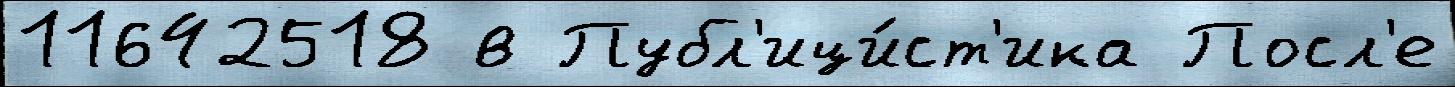
11642518 в Публ'ици́ст'ика Посл'е